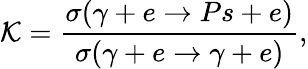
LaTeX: {\cal K}=\frac{\sigma(\gamma+e\rightarrow Ps+e)}{\sigma(\gamma+e\rightarrow\gamma+e)},